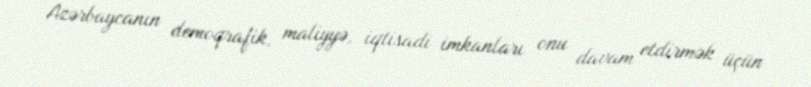
Azərbaycanın demoqrafik, maliyyə, iqtisadi imkanları onu davam etdirmək üçün